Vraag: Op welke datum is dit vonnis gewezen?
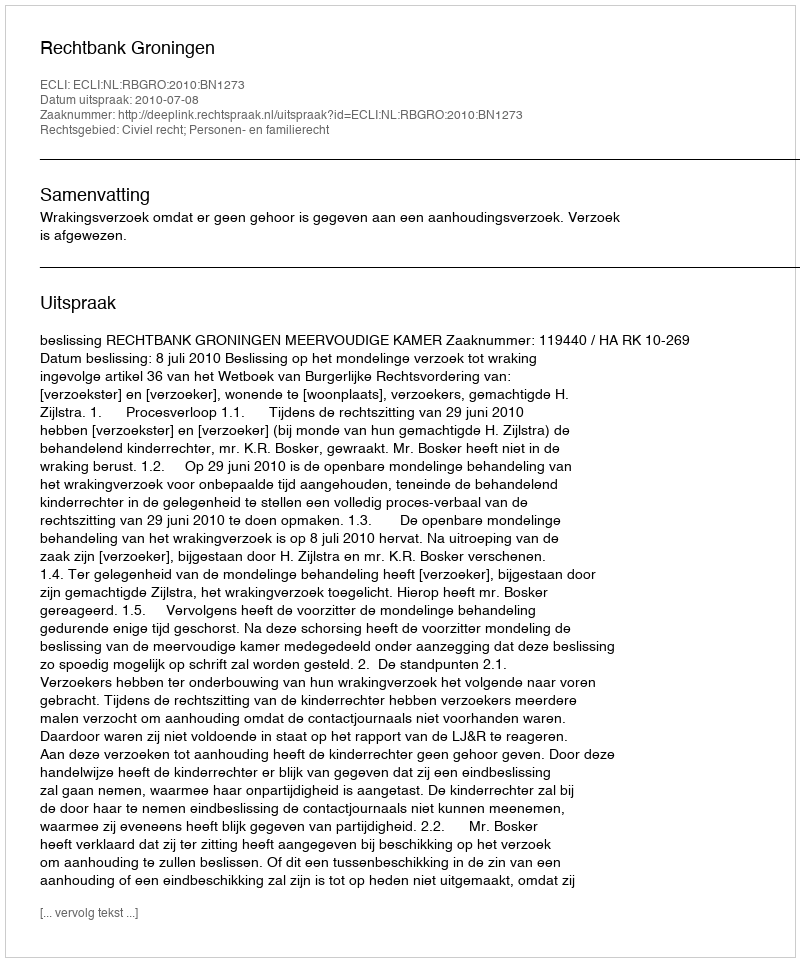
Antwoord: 2010-07-08